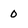
Character: 0